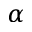
\alpha